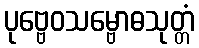
ပုဗ္ဗေဝသမ္ဗောဓသုတ္တံ